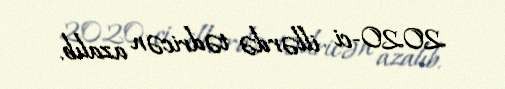
2020-ci illərdə tədricən azalıb.